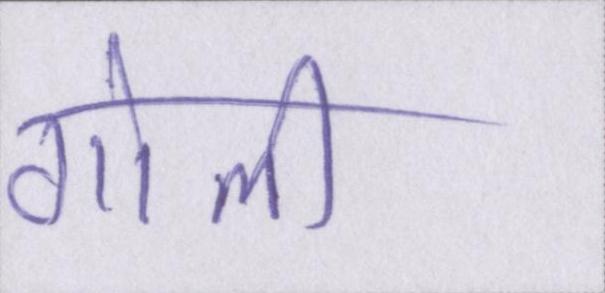
गोली